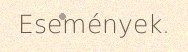
Események.